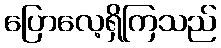
ပြောလေ့ရှိကြသည်